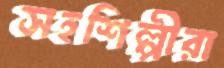
সহশিল্পীরা